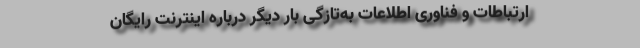
ارتباطات و فناوری اطلاعات به‌تازگی بار دیگر درباره اینترنت رایگان